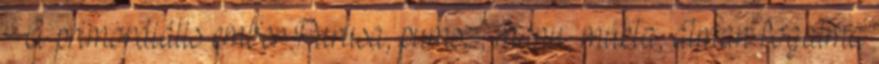
A primordiális ember Purusa, pumsz, manu, mukta, átman fogalma